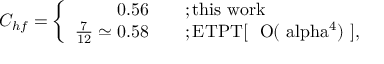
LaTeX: C _ { h f } = \left\{ \begin{array} { r l } { { 0 . 5 6 \quad } } & { { ; \mathrm { t h i s ~ w o r k } } } \\ { { \frac { 7 } { 1 2 } \simeq 0 . 5 8 \quad } } & { { ; \mathrm { E T P T [ ~ { \cal ~ O } ( \ a l p h a ^ { 4 } ) ~ ] } , } } \end{array} \right.